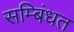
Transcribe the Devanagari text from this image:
सम्बिंधत